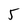
Character: 5